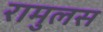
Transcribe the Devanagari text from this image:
रामुलस